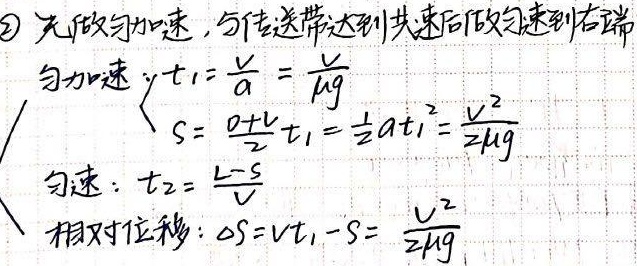
\textcircled{2} 先做匀加速，与传送带达到共速后做匀速到右端。
匀加速：$\begin{cases}t_1 = \frac{v}{a}=\frac{v}{\mu g}\\s = \frac{0 + v}{2}t_1=\frac{1}{2}at_1^{2}=\frac{v^{2}}{2\mu g}\end{cases}$
匀速：$t_2 = \frac{L - s}{v}$
相对位移：$\Delta s = vt_1 - s=\frac{v^{2}}{2\mu g}$